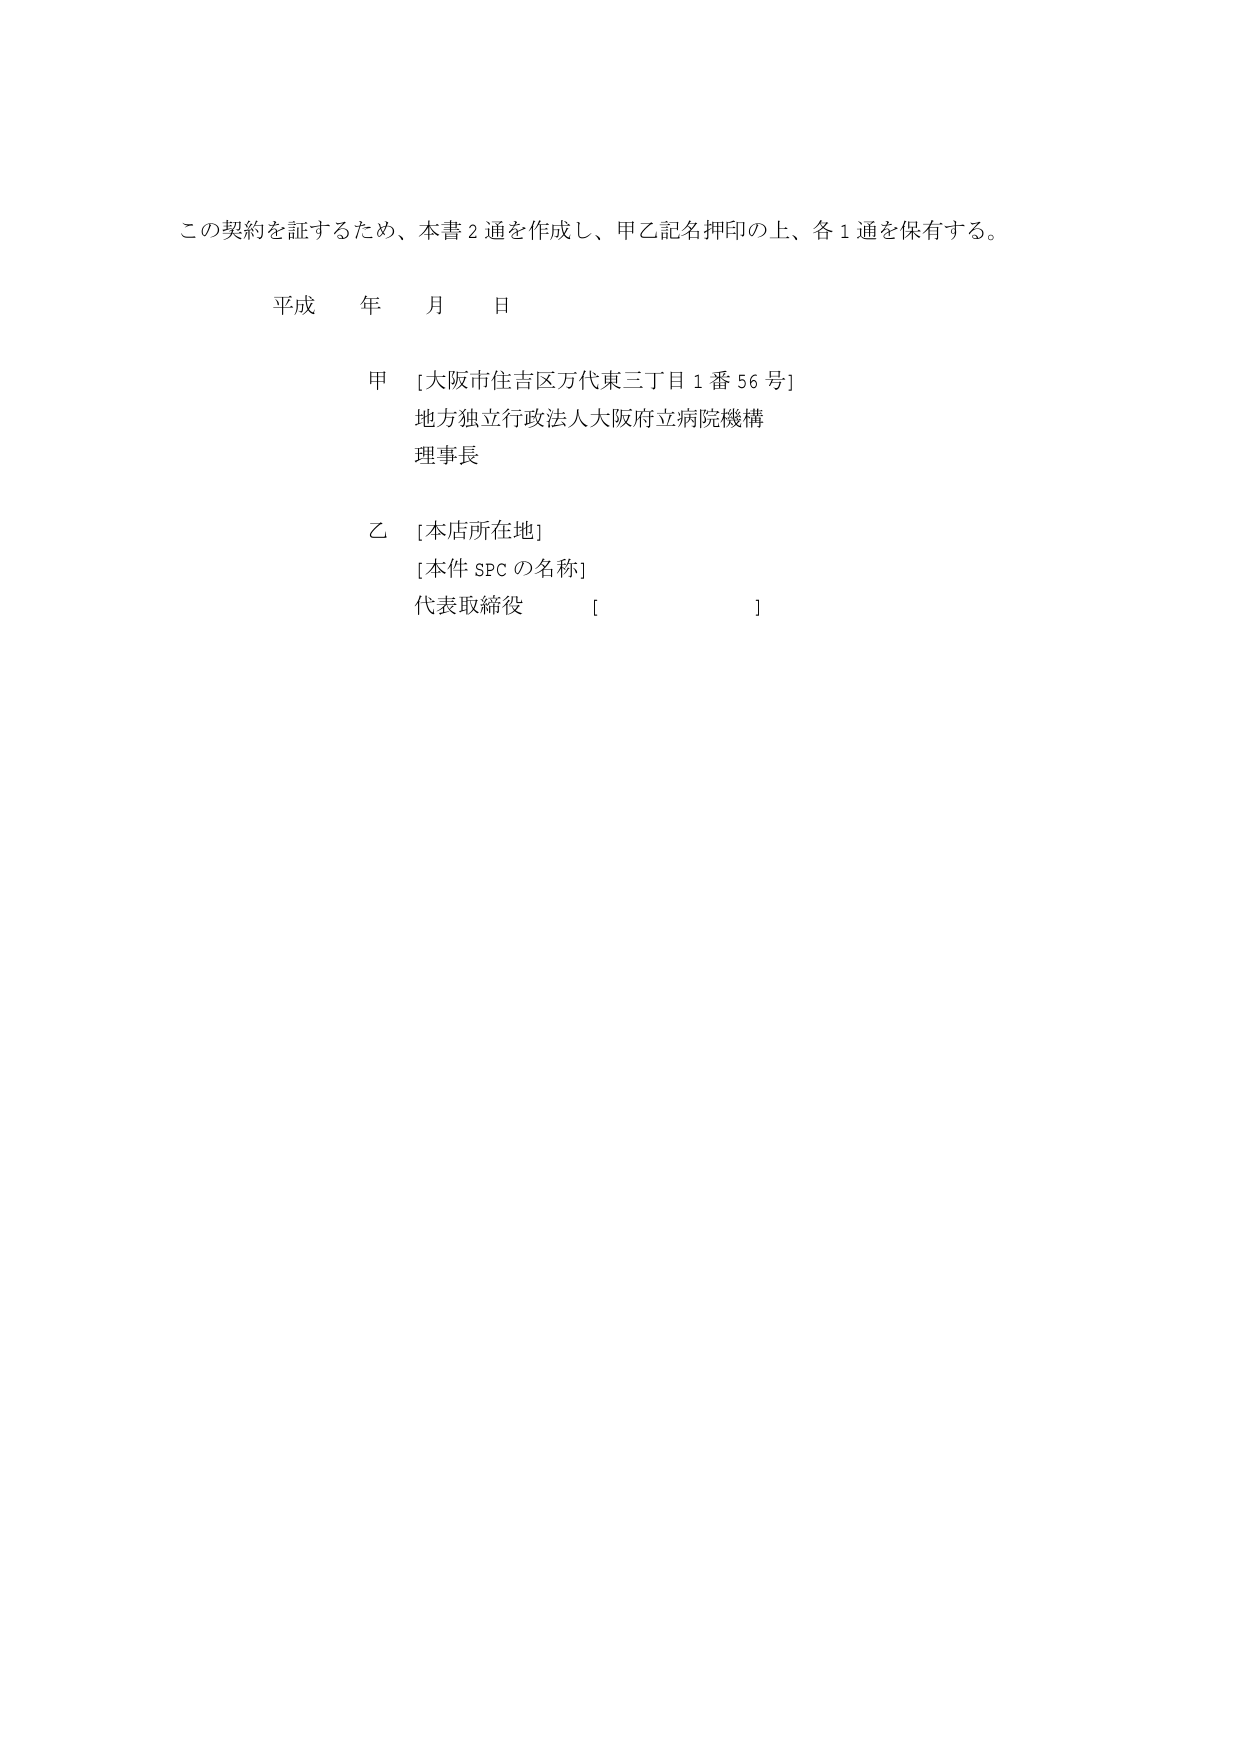
この契約を証するため、本書２通を作成し、甲乙記名押印の上、各１通を保有する。

平成 年 月 日

甲 [大阪市住吉区万代東三丁目１番５６号]
地方独立行政法人大阪府立病院機構
理事長

乙 [本店所在地]
[本件SPCの名称]
代表取締役 [ ]